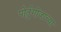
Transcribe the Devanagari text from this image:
पोर्तुगीजाच्या